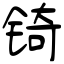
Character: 锜